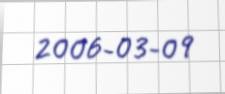
2006-03-09